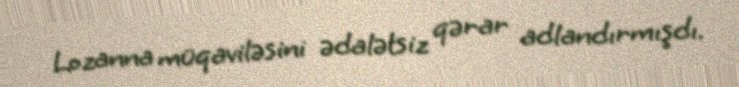
Lozanna müqaviləsini ədalətsiz qərar adlandırmışdı.